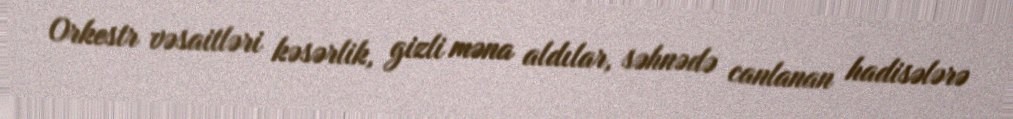
Orkestr vəsaitləri kəsərlik, gizli məna aldılar, səhnədə canlanan hadisələrə